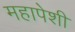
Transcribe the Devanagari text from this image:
महापेशी